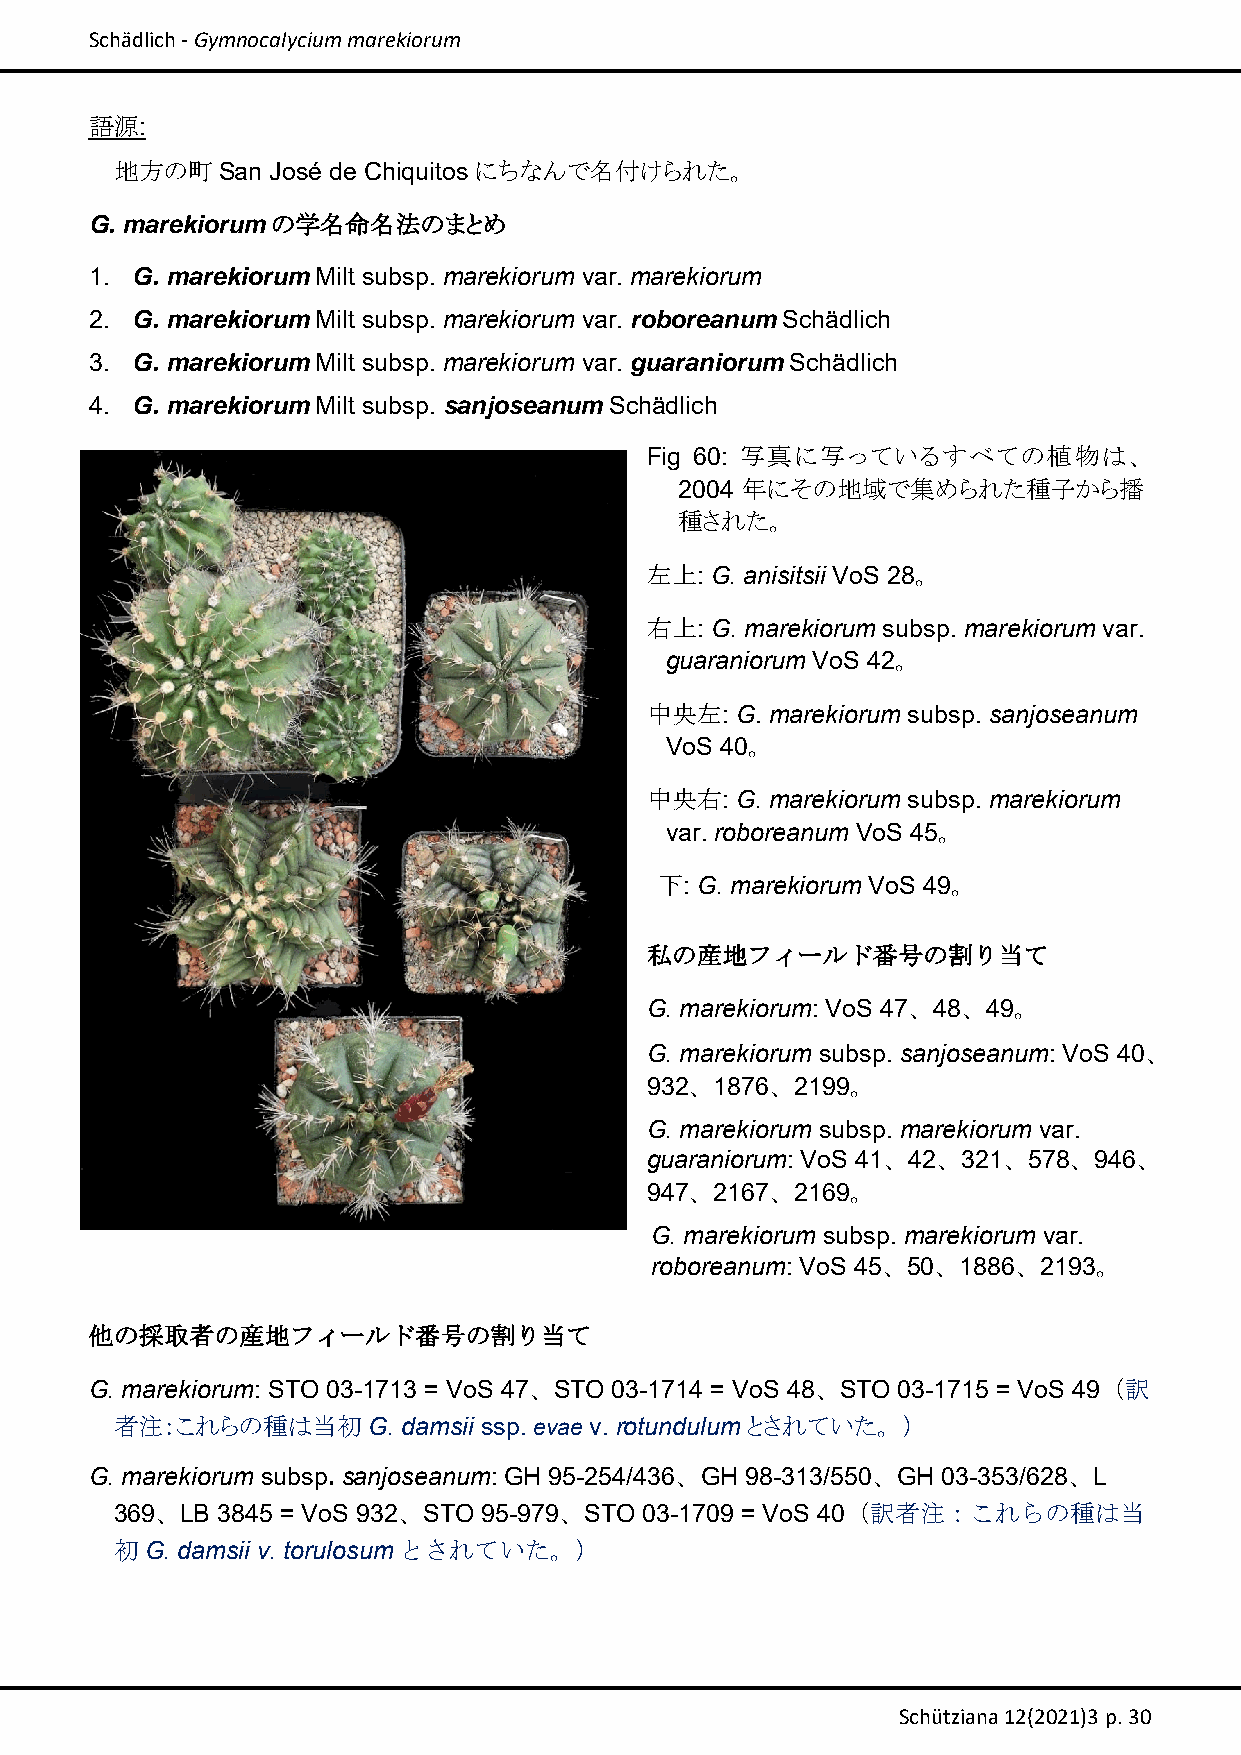
Schädlich ‐ Gymnocalycium marekiorum
 語源:
 地方の町  San José de Chiquitosにちなんで名付けられた。
 G. marekiorumの学名命名法のまとめ
 1. G. marekiorum Milt subsp. marekiorum var. marekiorum
 2. G. marekiorum Milt subsp. marekiorum var. roboreanum Schädlich
 3. G. marekiorum Milt subsp. marekiorum var. guaraniorum Schädlich
 4. G. marekiorum Milt subsp. sanjoseanum Schädlich
 Fig 60: 写真に写っているすべての植物は、
 2004 年にその地域で集められた種子から播
 種された。
 左上: G. anisitsii VoS 28。
 右上: G. marekiorum subsp. marekiorum var.
 guaraniorum VoS 42。
 中央左:  G. marekiorum subsp. sanjoseanum
 VoS 40。
 中央右:  G. marekiorum subsp. marekiorum
 var. roboreanum VoS 45。
 下: G. marekiorum VoS 49。
 私の産地フィールド番号の割り当て
 G. marekiorum: VoS 47、48、49。
 G. marekiorum subsp. sanjoseanum: VoS 40、
 932、1876、2199。
 G. marekiorum subsp. marekiorum var.
 guaraniorum: VoS 41、42、321、578、946、
 947、2167、2169。
 G. marekiorum subsp. marekiorum var.
 roboreanum: VoS 45、50、1886、2193。
 他の採取者の産地フィールド番号の割り当て
 G. marekiorum: STO 03-1713 = VoS 47、STO 03-1714 = VoS 48、STO 03-1715 = VoS 49（訳
 者注：これらの種は当初G.      damsii ssp. evae v. rotundulumとされていた。）
 G. marekiorum subsp. sanjoseanum: GH 95-254/436、GH 98-313/550、GH 03-353/628、L
 369、LB 3845 = VoS 932、STO 95-979、STO 03-1709 = VoS 40（訳者注：これらの種は当
 初G. damsii v. torulosumとされていた。）
 Schütziana 12(2021)3 p. 30